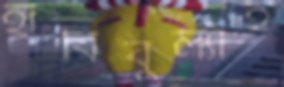
হাবিবুল্যাহ